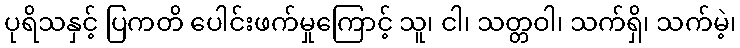
ပုရိသနှင့် ပြကတိ ပေါင်းဖက်မှုကြောင့် သူ၊ ငါ၊ သတ္တဝါ၊ သက်ရှိ၊ သက်မဲ့၊